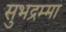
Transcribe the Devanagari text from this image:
सुभद्रम्मा